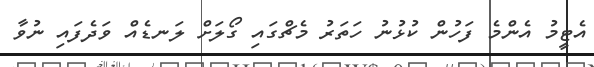
އެޓީމު އެންމެ ފަހުން ކުޅުނު ހަތަރު މެޗްގައި ގޯލަށް ލަނޑެއް ވަދެފައި ނުވާ